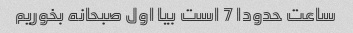
ساعت حدودا 7 است بیا اول صبحانه بخوریم